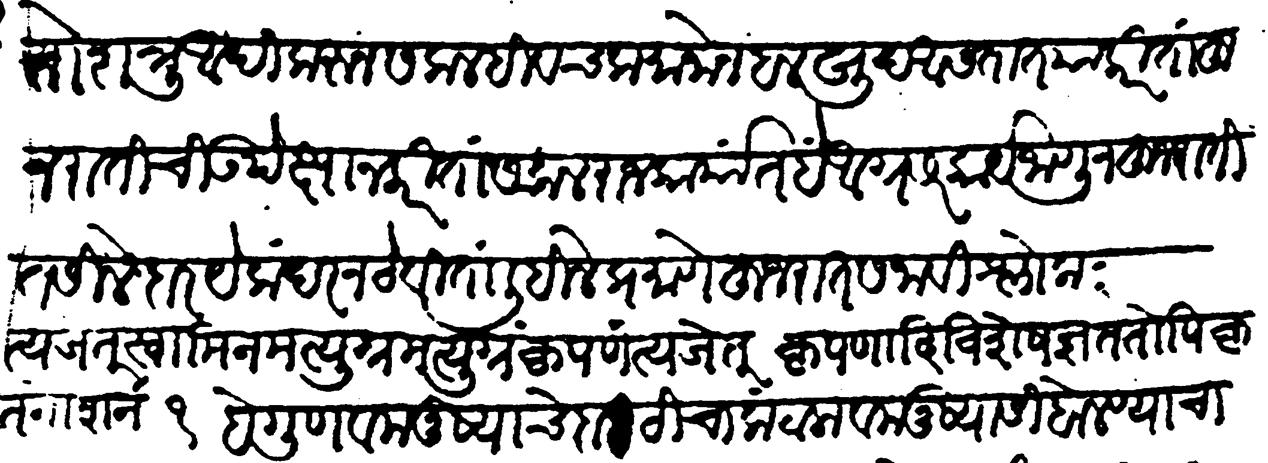
Transliteration (Devanagari): वाढतो शत्रु आदिकरुन सकलहि वचक मानोन हलखुद असतात याकरिता हुजरातीची उपेक्षा न करिता सकल राजकार्यात हें आग्रसर कार्य जाणून हुजरातींत सिलेदार येकंदर न ठेविता लिहिलेप्रमाणे हुजरात सजावी त्यजेत स्वामिनमत्युग्रमत्युग्राहत्कृपणं त्यजेत् कृपणाद विशेषज्ञं ततोऽपि कृतनाशनम् हे गुण व मनुष्याचे दाटीचा कंटाला व मनुष्यासी बोलण्याचा